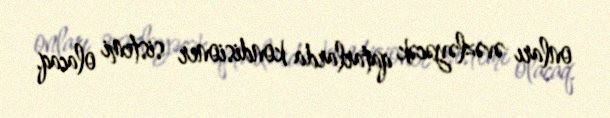
onları əvəzləyəcək qatarlarda kondisioner sistemi olacaq.